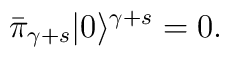
\bar{\pi}_{\gamma+s}|0\rangle^{\gamma+s}=0.